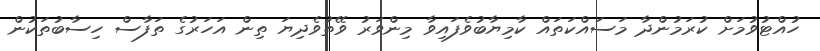
ހުއްޓުވުމަށް ކުރަމުންދާ މަސައްކަތައް ކާމިޔާބުވެފައިވާ މިންވަރު ވޭތުވެދިޔަ ތިން އަހަރުގެ ތަފާސް ހިސާބުތަކުން